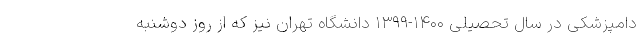
دامپزشکی در سال تحصیلی ۱۴۰۰-۱۳۹۹ دانشگاه تهران نیز که از روز دوشنبه